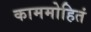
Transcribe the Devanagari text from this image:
काममोहितं